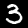
Label: 3